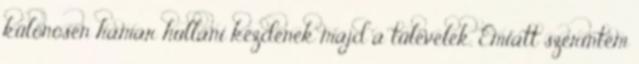
különösen hamar hullani kezdenek majd a tűlevelek. Emiatt szerintem